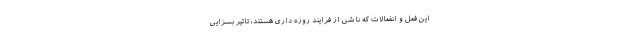
این فعل و انفعالات که ناشی از فرایند روزه داری هستند، تاثیر بسزایی